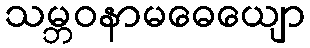
သမ္ဘဝနာမဓေယျော